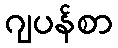
ဂျပန်စာ